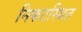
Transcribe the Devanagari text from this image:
निकटस्थित